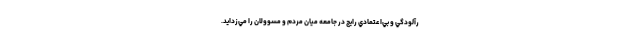
رآلودگي و بي‌اعتمادي رايج در جامعه ميان مردم و مسوولان را مي‌زدايد.